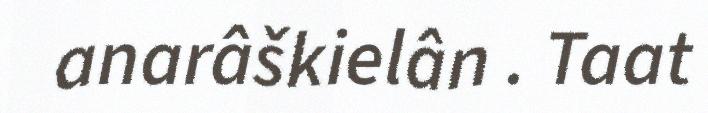
anarâškielân . Taat